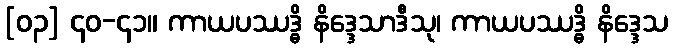
[၀၃] ၄၀-၄၁။ ကာယပဿဒ္ဓိ နိဒ္ဒေသာဒီသု၊ ကာယပဿဒ္ဓိ နိဒ္ဒေသ